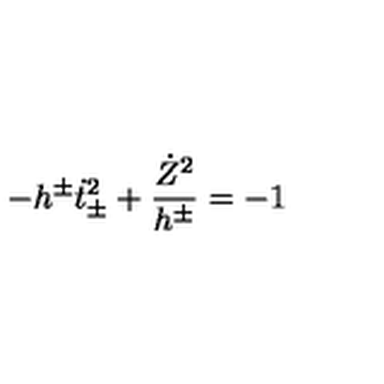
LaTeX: - h ^ { \pm } \dot { t } _ { \pm } ^ { 2 } + \frac { \dot { Z } ^ { 2 } } { h ^ { \pm } } = - 1